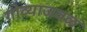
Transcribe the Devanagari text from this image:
गोव्याजवळ